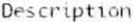
DESCRIPTION